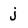
Character: j